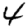
Digit: 4